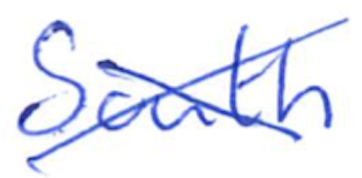
Text: South
Cross-out: mix
Writing tool: ballpoint